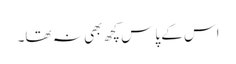
اس کے پاس کچھ بھی نہ تھا۔